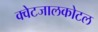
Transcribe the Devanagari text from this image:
क्वेटजालकोटल